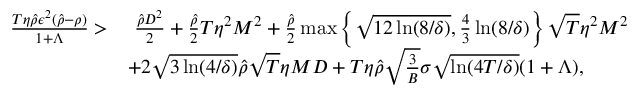
\begin{array} { r l } { \frac { T \eta \hat { \rho } \epsilon ^ { 2 } ( \hat { \rho } - \rho ) } { 1 + \Lambda } > } & { ~ \frac { \hat { \rho } D ^ { 2 } } { 2 } + \frac { \hat { \rho } } { 2 } T \eta ^ { 2 } M ^ { 2 } + \frac { \hat { \rho } } { 2 } \operatorname* { m a x } \left\{ \sqrt { 1 2 \ln ( 8 / \delta ) } , \frac { 4 } { 3 } \ln ( 8 / \delta ) \right\} \sqrt { T } \eta ^ { 2 } M ^ { 2 } } \\ & { + 2 \sqrt { 3 \ln ( 4 / \delta ) } \hat { \rho } \sqrt { T } \eta M D + T \eta \hat { \rho } \sqrt { \frac { 3 } { B } } \sigma \sqrt { \ln ( 4 T / \delta ) } ( 1 + \Lambda ) , } \end{array}